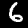
Digit: 6